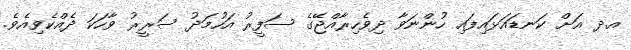
އ.ދ އަށް ކަނޑައަޅައިފައި ހުންނަވާ ދިވެހިރާއްޖޭގެ ސަފީރު އަހުމަދު ސަރީރު ވާހަކަ ދެއްކެވިއެވެ.